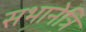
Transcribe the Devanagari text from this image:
सभानेत्रि